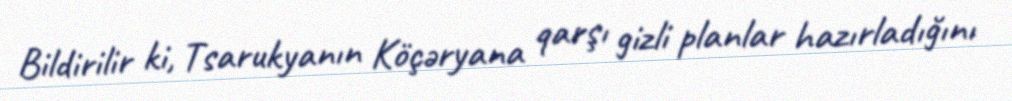
Bildirilir ki, Tsarukyanın Köçəryana qarşı gizli planlar hazırladığını